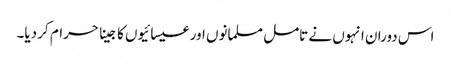
اس دوران انہوں نے تامل مسلمانوں اور عیسائیوں کا جینا حرام کر دیا۔